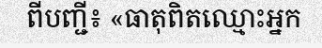
ពីបញ្ជី៖ «ធាតុពិតឈ្មោះអ្នក